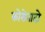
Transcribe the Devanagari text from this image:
कोरोनादो